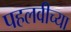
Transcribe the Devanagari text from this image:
पहलवीच्या